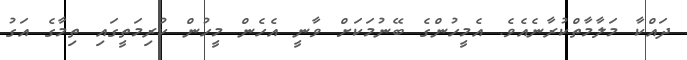
ދައްކާ މަލާމާތްކުރާނެއެވެ. އެމީހުންގެ ބޭނުމަކަށް ވާނީ އެހެން މީހުން ކުރިމަތީގައި ތިމާގެ އަގު